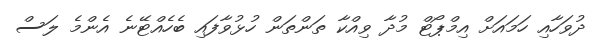
ދުވަހާއި ހަމައަށް އިމްޕޯޓް މުދާ ވިއްކާ ތަންތަން ހުޅުވާފައި ބެހެއްޓޭނެ އެންމެ ލަސް